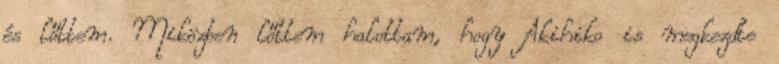
és lőttem. Miközben lőttem halottam, hogy Akihiko is megkezdte